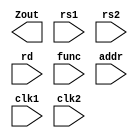
module pipe_ex2(Zout,rs1,rs2,rd,func,addr,clk1,clk2);

input [3:0]rs1,rs2,rd,func;
input [7:0]addr;
input clk1,clk2;
output [15:0]Zout;

reg [15:0]L12_A,L12_B,L23_Z,L34_Z;
reg [3:0]L12_rd,L12_func,L23_rd;
reg [7:0]L12_addr,L23_addr,L34_addr;

reg [15:0]regbank[0:15];
reg [15:0]mem[0:255];

assign Zout=L34_Z;

always@(posedge clk1)
  begin
   L12_A   <=  #2  regbank[rs1];
   L12_B   <=  #2  regbank[rs2];
   L12_rd  <=  #2  rd;
   L12_func<=  #2  func;
   L12_addr<=  #2  addr;            //stage-1
  end

always@(posedge clk2)
  begin
     case(func)
         0 : L23_Z <=  #2 L12_A + L12_B;
         1 : L23_Z <=  #2 L12_A - L12_B;
	 2 : L23_Z <=  #2 L12_A * L12_B;
	 3 : L23_Z <=  #2 L12_A;
	 4 : L23_Z <=  #2 L12_B;
	 5 : L23_Z <=  #2 L12_A & L12_B;
	 6 : L23_Z <=  #2 L12_A | L12_B;
         7 : L23_Z <=  #2 L12_A ^ L12_B;
	 8 : L23_Z <=  #2 -L12_A;
	 9 : L23_Z <=  #2 -L12_B;
	10 : L23_Z <=  #2 L12_A >> 1;
        11 : L23_Z <=  #2 L12_A << 1;
   default : L23_Z <=  #2 16'hxxxx;
    endcase
    L23_rd  <= #2 L12_rd;
    L23_addr <= #2 L12_addr;         //stage-2
   end

always@(posedge clk1)
  begin
  regbank[L23_rd] <= #2 L23_Z;
  L23_Z  <= #2 L23_Z;
  L34_addr <= #2 L23_addr;           //stage-3
  end

always@(posedge clk2)
  begin
   mem[L34_addr]  <= #2 L34_Z;   //stage-4
  end

endmodule